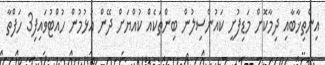
އިންތިޚާބާއި ދިމާކޮށް މަޑިފުށީ ކައުންސިލުން ބިންތަކެއް ކުއްޔަށް ދޭން އުޅުމުން ހުއްޓުވައިފި3 ހަފްތާ